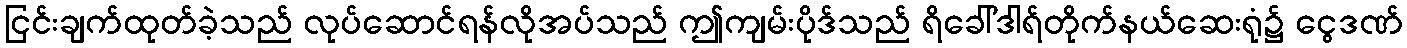
ငြင်းချက်ထုတ်ခဲ့သည် လုပ်ဆောင်ရန်လိုအပ်သည် ဤကျမ်းပိုဒ်သည် ရိခေါ်ဒါရ်တိုက်နယ်ဆေးရုံ၌ ငွေဒဏ်